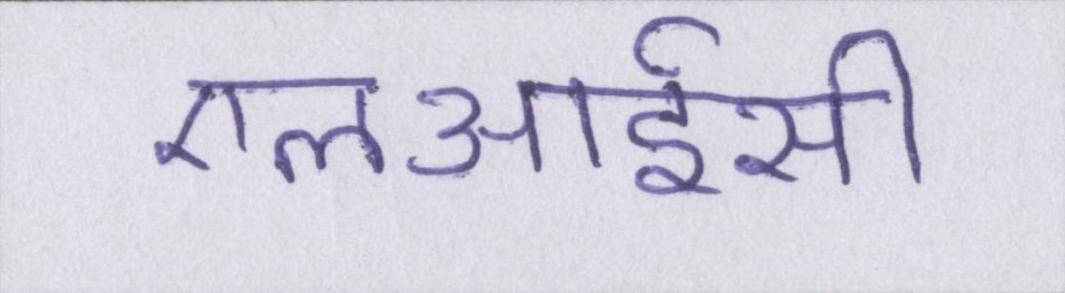
एलआईसी